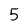
Character: 5